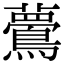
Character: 𪅇